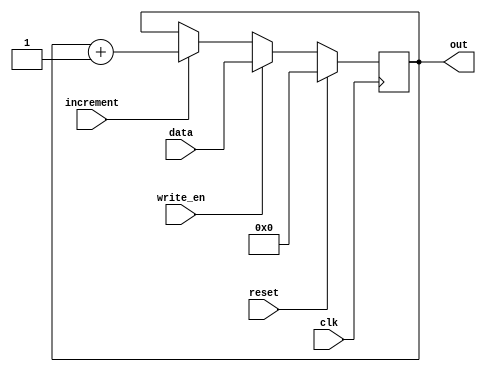
module registers#(
        parameter integer W=16)(
  input wire clk,
  input wire reset,
  input wire write_en,
  input wire increment,
  input wire [W-1:0] data,
  output reg [W-1:0] out
);

always @(posedge clk) begin
  if (reset) begin
    out <= 0;
  end else if (write_en) begin
    out <= data;
  end else if (increment) begin
    out <= out + 1;
  end
end

endmodule